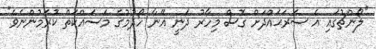
"ލޯންޗުގައި އެ ސަރަޙައްދަށް ގޮސް މިހާރު ދަނީ އޭނާ ހޯދުމުގެ މަސައްކަތް ކުރަމުންނެވެ"